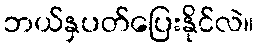
ဘယ်နှပတ်ပြေးနိုင်လဲ။